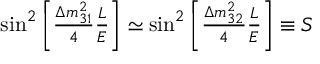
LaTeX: \begin{array} { c } { { \sin ^ { 2 } \left[ { \frac { \Delta m _ { 3 1 } ^ { 2 } } 4 } { \frac L E } \right] \simeq \sin ^ { 2 } \left[ { \frac { \Delta m _ { 3 2 } ^ { 2 } } 4 } { \frac L E } \right] \equiv S } } \end{array}